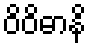
ဝိဝိဓာနိ